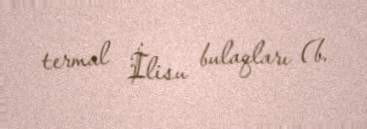
termal İlisu bulaqları (b.